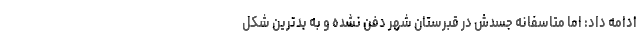
ادامه داد: اما متاسفانه جسدش در قبرستان شهر دفن نشده و به بدترین شکل